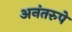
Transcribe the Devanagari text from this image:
अनंतरुपे